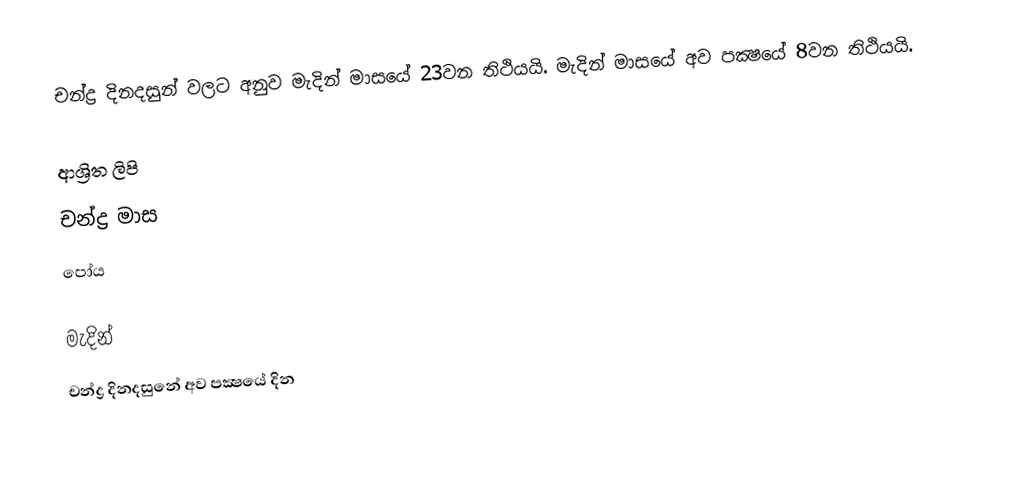
චන්ද්‍ර දිනදසුන් වලට අනුව මැදින් මාසයේ 23වන තිථියයි. මැදින් මාසයේ අව පක්‍ෂයේ 8වන තිථියයි.

ආශ්‍රිත ලිපි
 චන්ද්‍ර මාස
 පෝය

මැදින්
චන්ද්‍ර දිනදසුනේ අව පක්‍ෂයේ දින